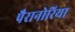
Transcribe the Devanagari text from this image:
पैरानोरिया